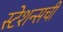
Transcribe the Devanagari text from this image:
स्टेशन्सची